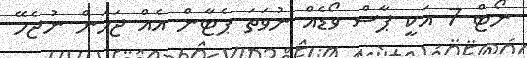
ނޯޓް 7 އަކީ ޕާސް ވޯޑެއް ނުވަތަ ޕެޓާން އެއް ޖަހަން ނުޖެހޭ